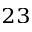
^ { 2 3 }